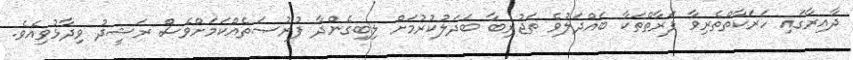
ދާއިރާގައި ހަރަކާތްތެރިވާ ފަރާތްތަކާ ބައްދަލުވެ ތަޖުރިބާ ބަދަލުކުރުމަށް ލިބިގެންދާ ފުރުޞަތެއްކަމަށްވެސް ރަޝީދު ވިދާޅުވިއެވެ.